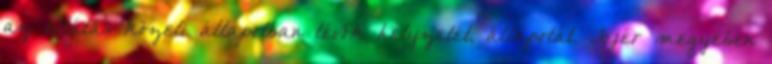
az ellátás közeli állapotban lévők helyzetét, állapotát. Fejér megyében